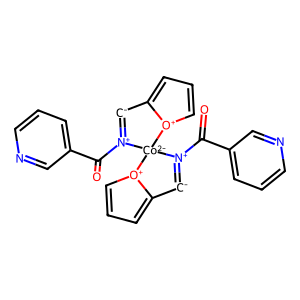
SMILES: O=C(c1cccnc1)[N+]1=[C-]c2ccc[o+]2[Co-2]12[N+](C(=O)c1cccnc1)=[C-]c1ccc[o+]12
Inhibits HIV replication: No